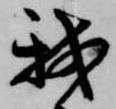
我